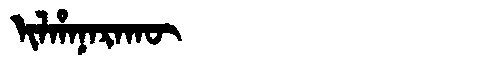
Manchu: ᡳᠯᡥᠠᠨᠠᡵᠠᡴᡡ
Romanization: ILHANARAKŪ